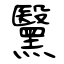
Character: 黳